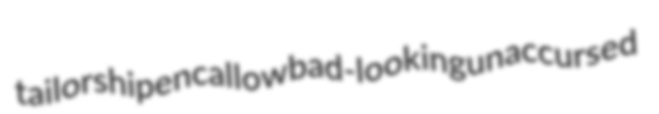
tailorship encallow bad-looking unaccursed